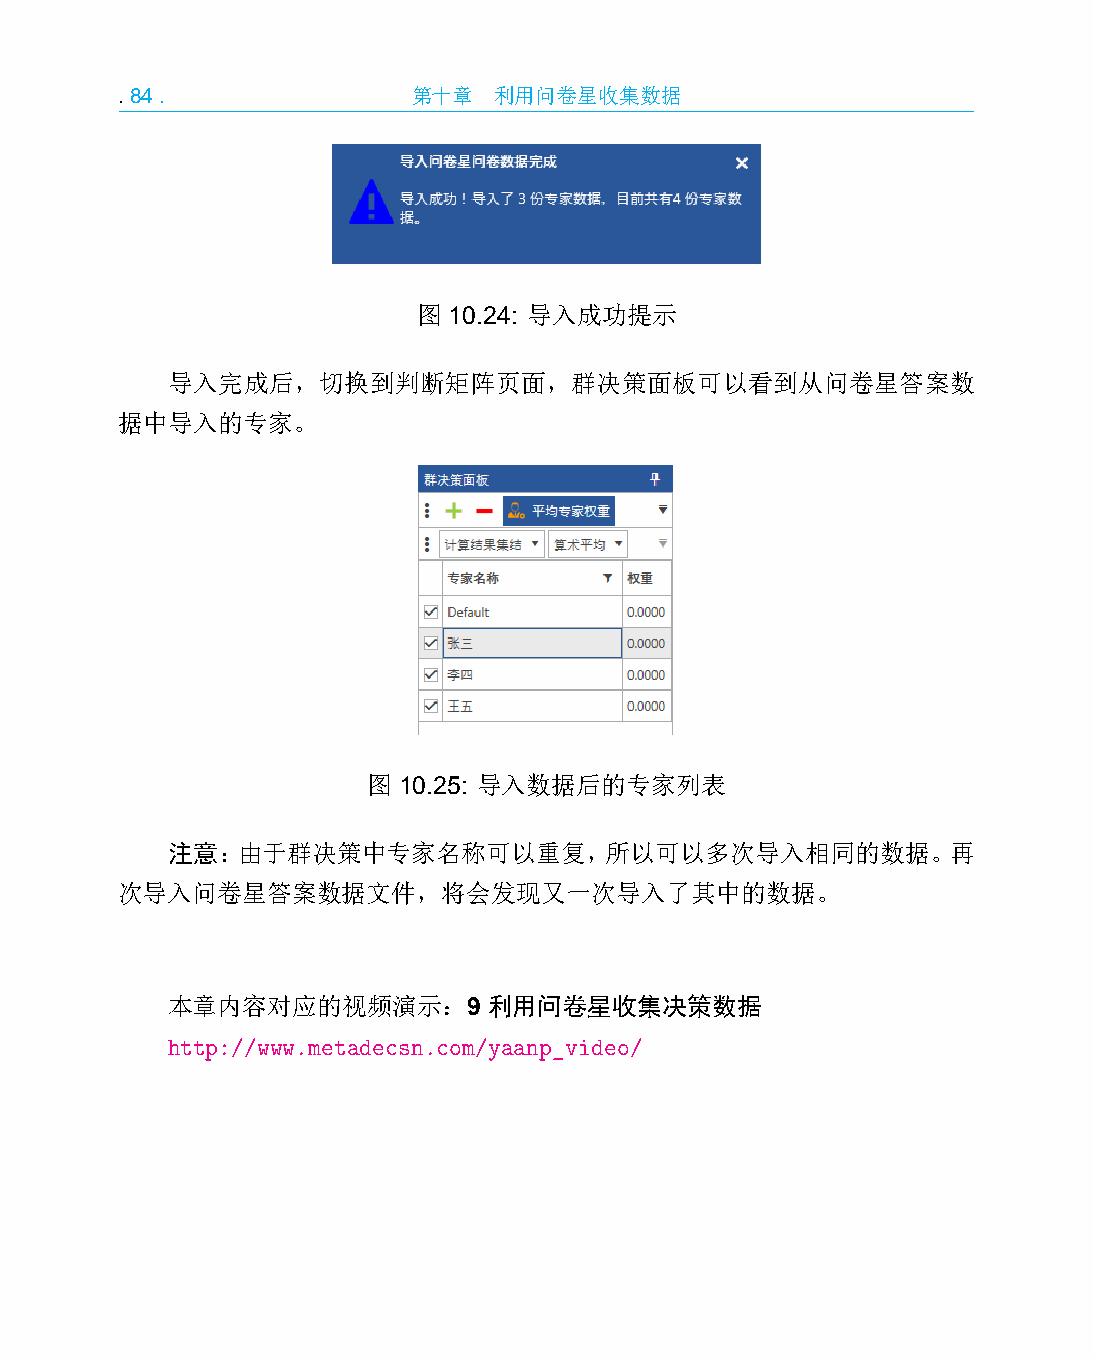
.84.               第十章   利用问卷星收集数据
 图 10.24: 导入成功提示
 导入完成后，切换到判断矩阵页面，群决策面板可以看到从问卷星答案数
 据中导入的专家。
 图 10.25: 导入数据后的专家列表
 注意：由于群决策中专家名称可以重复，所以可以多次导入相同的数据。再
 次导入问卷星答案数据文件，将会发现又一次导入了其中的数据。
 本章内容对应的视频演示：9        利用问卷星收集决策数据
 http://www.metadecsn.com/yaanp_video/